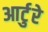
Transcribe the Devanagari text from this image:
आर्टुरे